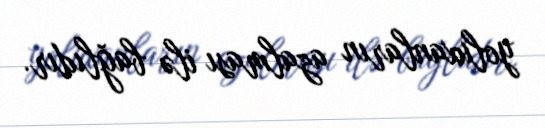
yoluxanların azalması ilə bağlıdır.